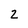
Character: 2